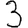
Digit: 3